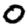
Digit: 0